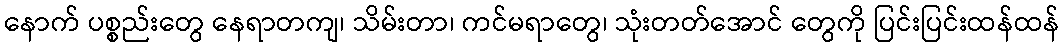
နောက် ပစ္စည်းတွေ နေရာတကျ၊ သိမ်းတာ၊ ကင်မရာတွေ၊ သုံးတတ်အောင် တွေကို ပြင်းပြင်းထန်ထန်